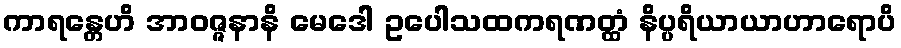
ကာရန္တေဟိ အာဝဇ္ဇနာနိ မေဒေါ ဥပေါသထကရဏတ္ထံ နိပ္ပရိယာယာဟာရောပိ